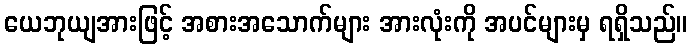
ယေဘုယျအားဖြင့် အစားအသောက်များ အားလုံးကို အပင်များမှ ရရှိသည်။